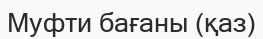
Муфти бағаны (қаз)